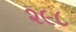
૨૯૮